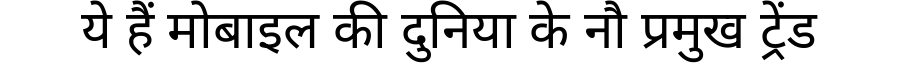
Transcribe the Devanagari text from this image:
ये हैं मोबाइल की दुनिया के नौ प्रमुख ट्रेंड